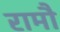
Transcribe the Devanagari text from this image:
रामौ